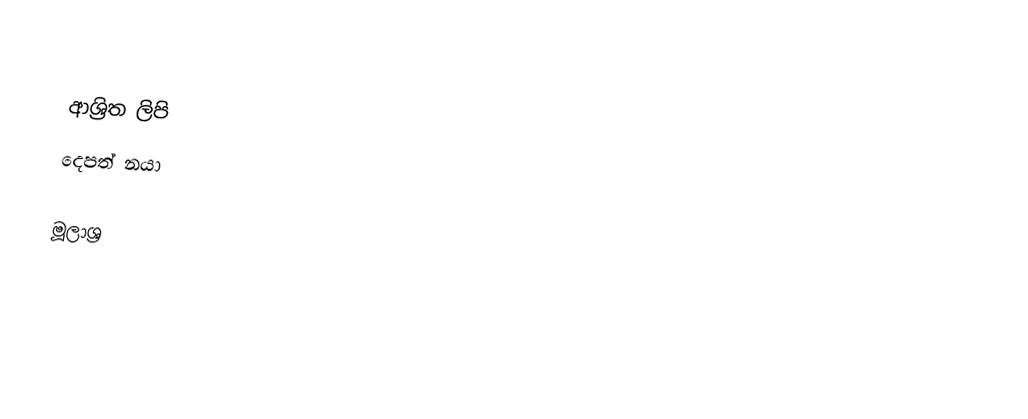

ආශ්‍රිත ලිපි
 දෙපත් නයා

මූලාශ්‍ර